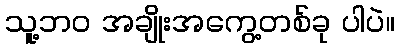
သူ့ဘဝ အချိုးအကွေ့တစ်ခု ပါပဲ။